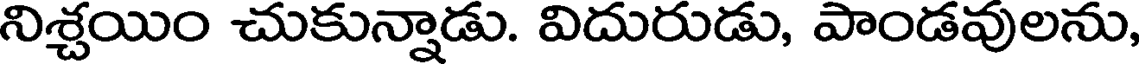
నిశ్చయిం చుకున్నాడు. విదురుడు, పాండవులను,